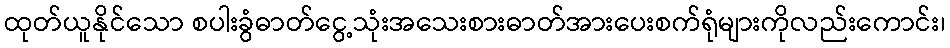
ထုတ်ယူနိုင်သော စပါးခွံဓာတ်ငွေ့သုံးအသေးစားဓာတ်အားပေးစက်ရုံများကိုလည်းကောင်း၊